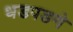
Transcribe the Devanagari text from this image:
धडपडणे